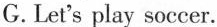
G.Let's play soccer.